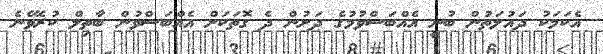
އެކަމަކު ދައުލަތުން ބުނީ އެއްބަސްވުމުގެ ދަށުން ދެ ގޮތަކަށް އެއްބަސްވުން ބާތިލް ކުރެވޭނެ